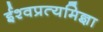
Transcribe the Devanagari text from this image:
ईश्वप्रत्यमिज्ञा